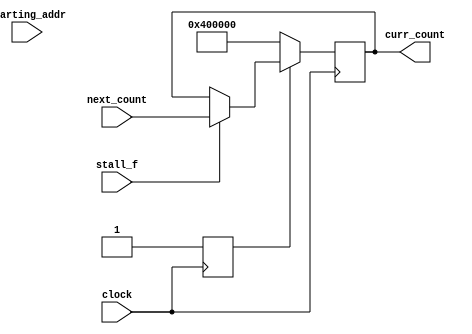
`ifndef PC_V
`define PC_V

module program_counter(clock, stall_f, next_count, starting_addr, curr_count);
	input [31:0] next_count;
	input stall_f;
	input clock;
	input[31:0] starting_addr;
	output reg [31:0] curr_count;

	reg is_init;

	always @(posedge clock)
		begin
		if(stall_f == 1) begin
			curr_count <= next_count;
		end
    
		if (~is_init) begin
			// See readme for the required starting two bytes of the binary.
			//cur_count <= starting_addr;
			curr_count <= 32'h0040_0000;
			is_init <= 1;
		end
	end

	initial
	begin
		is_init = 0;
	end

endmodule

`endif